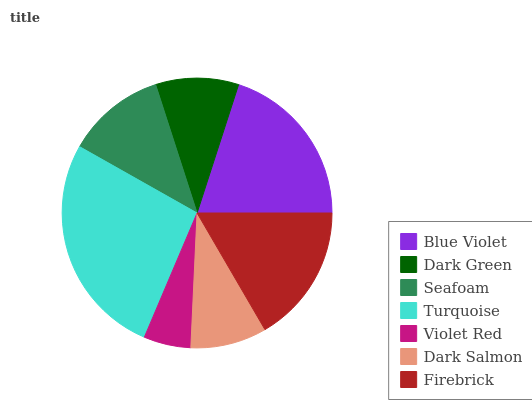
| Blue Violet | Dark Green | Seafoam | Turquoise | Violet Red | Dark Salmon | Firebrick |
 | --- | --- | --- | --- | --- | --- | --- |
 | 20.1% | 9.96% | 11.9% | 26.8% | 5.65% | 9.13% | 16.6% |